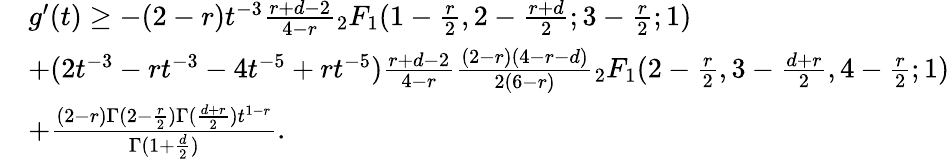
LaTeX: \begin{array}{rl}&{g^{\prime}(t)\geq-(2-r)t^{-3}\frac{r+d-2}{4-r}{_2F_{1}}(1-\frac{r}{2},2-\frac{r+d}{2};3-\frac{r}{2};1)}\\ &{+(2t^{-3}-rt^{-3}-4t^{-5}+rt^{-5})\frac{r+d-2}{4-r}\frac{(2-r)(4-r-d)}{2(6-r)}{_2F_{1}}(2-\frac{r}{2},3-\frac{d+r}{2},4-\frac{r}{2};1)}\\ &{+\frac{(2-r)\Gamma(2-\frac{r}2)\Gamma(\frac{d+r}{2})t^{1-r}}{\Gamma(1+\frac{d}{2})}.}\end{array}